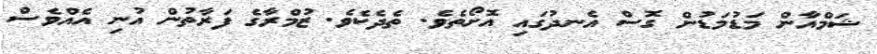
ޝަމްއާން މަޑުމަޑުން ގޮސް އެނދުގައި އޮށޯތެވެ. ތެދެކެވެ. ޒުމްރާގެ ފަރާތުން އުނި އެއްވެސް